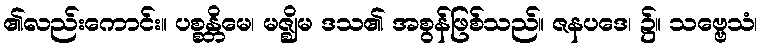
၏လည်းကောင်း။ ပစ္စန္တိမေ၊ မဇ္ဈိမ ဒသ၏ အစွန်ဖြစ်သည်။ ဇနပဒေ၊ ၌။ သဗ္ဗေသံ၊